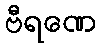
ဗီရဏေ